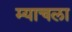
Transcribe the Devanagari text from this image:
म्याचला